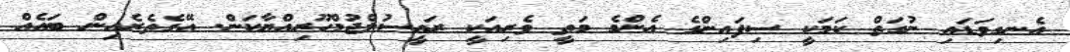
އެނގިވަޑައި ނުގަތް ކަމަކީ ސިފައިންގެ އެންމެ މަތީ ވެރިއަކީ ރައީސުލްޖުމްހޫރިއްޔާކަން. އޭގެތެރެއިން ބައެއް